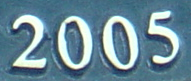
2005